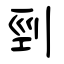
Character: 剄